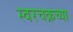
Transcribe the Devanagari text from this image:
स्वरचक्रच्या